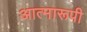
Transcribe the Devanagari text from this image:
आत्मारूपी